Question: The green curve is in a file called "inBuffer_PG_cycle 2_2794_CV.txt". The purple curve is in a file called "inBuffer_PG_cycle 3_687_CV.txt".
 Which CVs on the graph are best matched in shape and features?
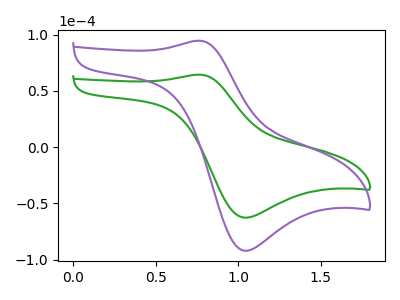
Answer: <think>The green curve "PG cycle 2" has an anodic peak at (0.75V, 64.35uA) and a cathodic peak at (1.05V, -62.70uA). The purple curve "PG cycle 3" has an anodic peak at (0.75V, 94.55uA) and a cathodic peak at (1.05V, -92.10uA).
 All the peaks in "PG cycle 2" have a peak in "PG cycle 3" at the same potential. Every peak in "PG cycle 2" is lower than every peak in "PG cycle 3".</think>
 <answer>"PG cycle 2" and "PG cycle 3" have the same shape and are likely CV's of the same chemical.</answer>
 <eval>"PG cycle 2" "PG cycle 3"</eval>